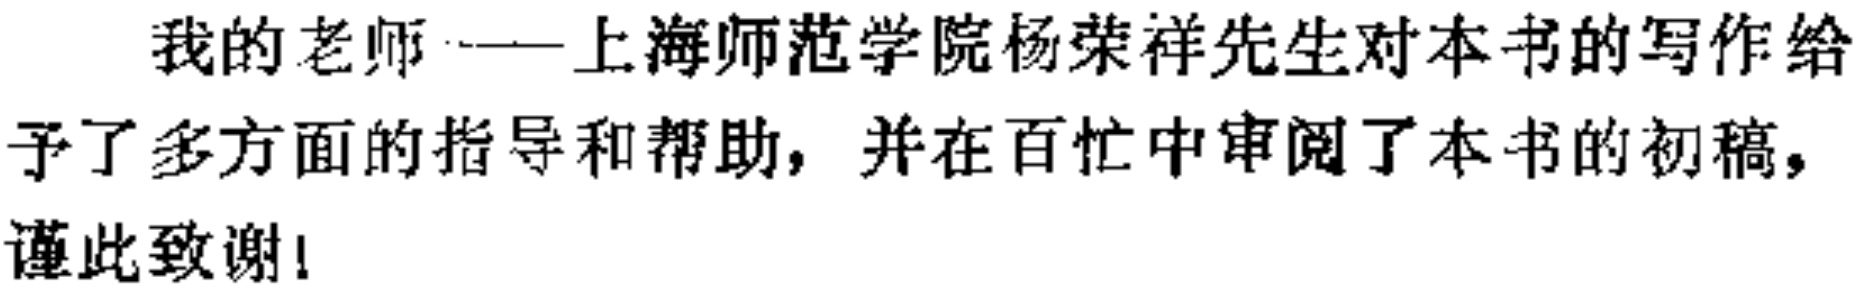
我的老师——上海师范学院杨荣祥先生对本书的写作给予了多方面的指导和帮助，并在百忙中审阅了本书的初稿，谨此致谢！